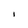
Character: I